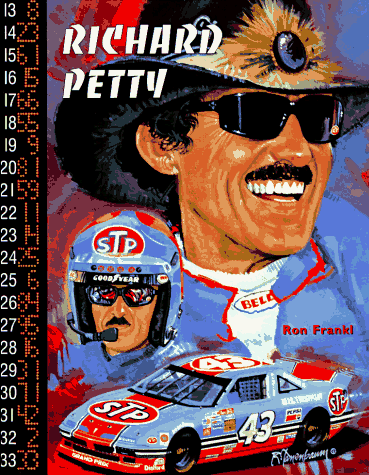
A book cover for Richard Petty (Race Car Leg) (Race Car Legends); Ron Frankl; Teen & Young Adult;